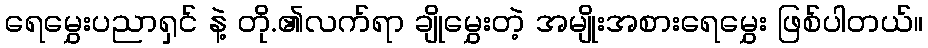
ရေမွှေးပညာရှင် နဲ့ တို.၏လက်ရာ ချိုမွှေးတဲ့ အမျိုးအစားရေမွှေး ဖြစ်ပါတယ်။